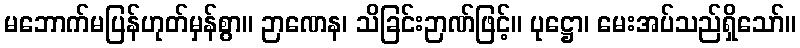
မဘောက်မပြန်ဟုတ်မှန်စွာ။ ဉာဏေန၊ သိခြင်းဉာဏ်ဖြင့်။ ပုဋ္ဌော၊ မေးအပ်သည်ရှိသော်။